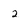
Character: 2